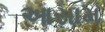
આસામ